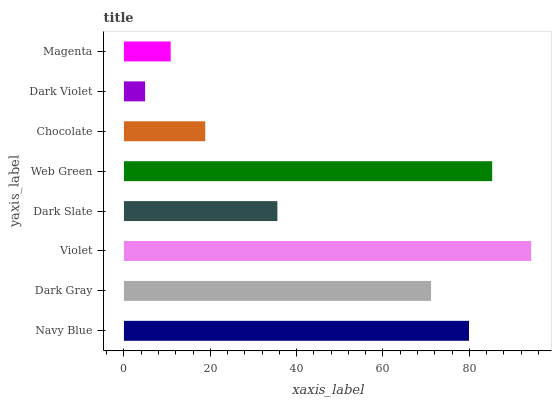
| yaxis_label | bars |
 | --- | --- |
 | Navy Blue | 79.9 |
 | Dark Gray | 71.1 |
 | Violet | 94.3 |
 | Dark Slate | 35.5 |
 | Web Green | 85.3 |
 | Chocolate | 18.8 |
 | Dark Violet | 4.91 |
 | Magenta | 10.8 |